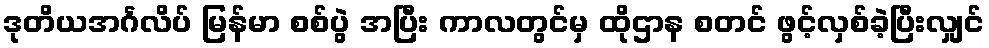
ဒုတိယအင်္ဂလိပ် မြန်မာ စစ်ပွဲ အပြီး ကာလတွင်မှ ထိုဌာန စတင် ဖွင့်လှစ်ခဲ့ပြီးလျှင်